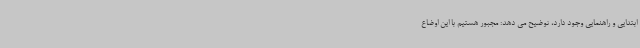
ابتدایی و راهنمایی وجود دارد، توضیح می دهد: مجبور هستیم با این اوضاع